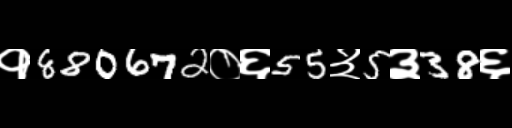
Text: १880672०६55३5३38६